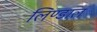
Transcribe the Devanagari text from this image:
लिण्डाल